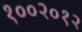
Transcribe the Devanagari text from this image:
१००२०१२